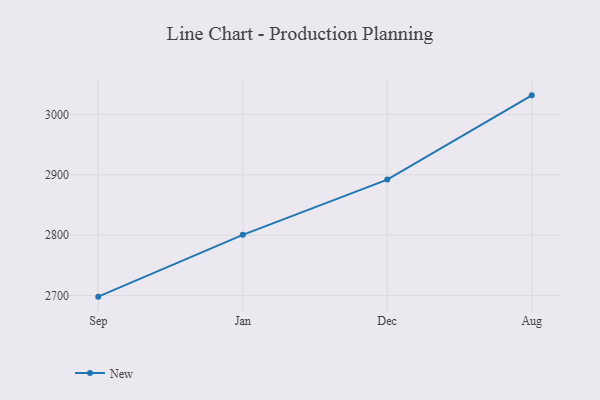
{"axis": {"x": "Month", "y": "Gross Profit (USD K)"}, "legend": ["New"], "data": [{"x": "Sep", "y": 2698.0, "type": "New"}, {"x": "Jan", "y": 2800.5, "type": "New"}, {"x": "Dec", "y": 2892.0, "type": "New"}, {"x": "Aug", "y": 3031.7, "type": "New"}]}